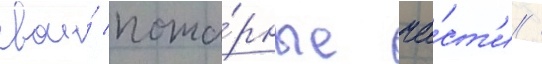
свои́ пожа́рные ча́ст'и /